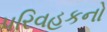
પરિવહકનો